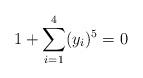
LaTeX: \begin{align*}1 + \sum_{i=1}^4 (y_i)^5 = 0\end{align*}